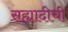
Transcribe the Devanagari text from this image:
सह्यादीची